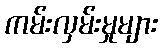
ကမ်းလှမ်းမှုများ